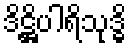
ဒိဋ္ဌိပါရိသုဒ္ဓိ